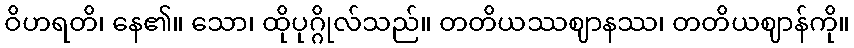
ဝိဟရတိ၊ နေ၏။ သော၊ ထိုပုဂ္ဂိုလ်သည်။ တတိယဿဈာနဿ၊ တတိယဈာန်ကို။